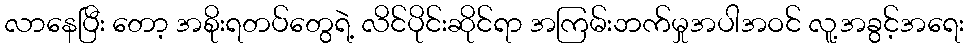
လာနေပြီး တော့ အစိုးရတပ်တွေရဲ့ လိင်ပိုင်းဆိုင်ရာ အကြမ်းဘက်မှုအပါအဝင် လူ့အခွင့်အရေး